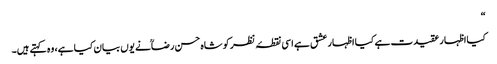
“
کیااظہار عقیدت ہے کیا اظہار عشق ہے اسی نقطۂ نظر کو شاہ حسن رضاؒنے یوں بیان کیا ہے، وہ کہتے ہیں۔